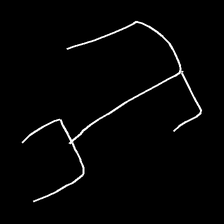
Glyph: entwine